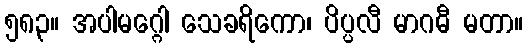
၅၈၃။ အပါမဂ္ဂေါ သေခရိကော၊ ပိပ္ပလီ မာဂဓီ မတာ။